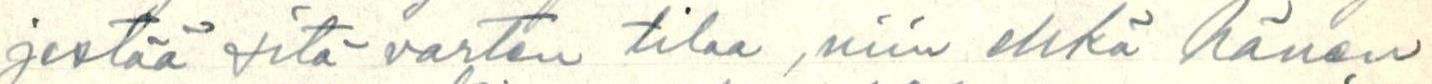
jestää sitä varten tilaa, niin ehkä hänen